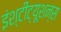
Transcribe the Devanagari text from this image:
इंश्टीट्यूशन्स